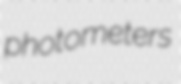
photometers